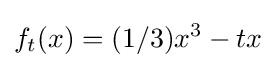
f_{t}(x)=(1/3)x^{3}-tx